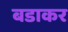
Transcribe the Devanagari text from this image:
बडाकर